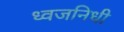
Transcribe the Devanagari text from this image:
ध्वजनिधी